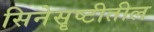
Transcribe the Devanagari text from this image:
सिनेसॄष्टीतील